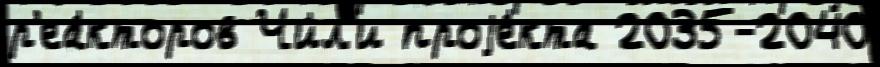
р'еа́кторов Чи́л'и проjе́кта 2035-2040